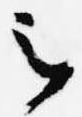
言